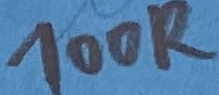
Text: 100R